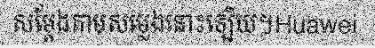
សម្តែងតាមសម្លេងនោះឡើយ។Huawei